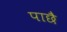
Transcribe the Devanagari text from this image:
पाछै